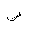
Letter: _sad